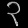
Digit: ၃